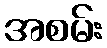
အစမ်း